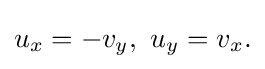
\displaystyle {u_{x}=-v_{y},\,\,u_{y}=v_{x}.}